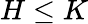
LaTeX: H\leq K